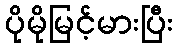
ပိုမိုမြင့်မားပြီး